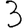
Digit: 3